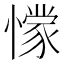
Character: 𭞾